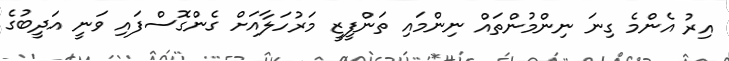
އިރު އެންމެ ގިނަ ނިންމުންތައް ނިންމައި ތަންފީޒީ މަރުހަލާއަށް ގެންގޮސްފައި ވަނީ އަދީބުގެ